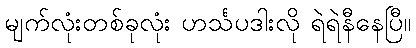
မျက်လုံးတစ်ခုလုံး ဟင်္သပဒါးလို ရဲရဲနီနေပြီ။